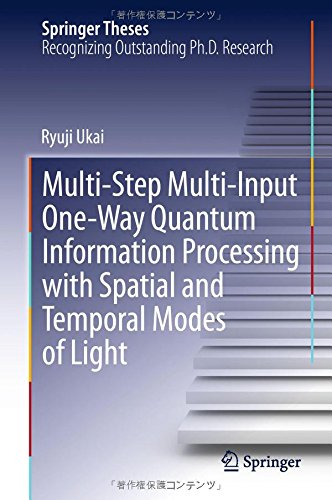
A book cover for Multi-Step Multi-Input One-Way Quantum Information Processing with Spatial and Temporal Modes of Light (Springer Theses); Ryuji Ukai; Computers & Technology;